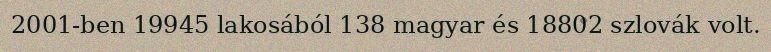
2001-ben 19945 lakosából 138 magyar és 18802 szlovák volt.